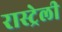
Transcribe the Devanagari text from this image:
रास्ट्रेली